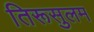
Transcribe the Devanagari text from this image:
तिरूसुलम